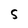
Character: S